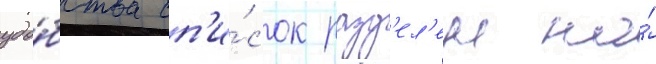
удо́бства сп'и́сок разд'ел'ен на́